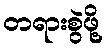
တရားစွဲဖို့